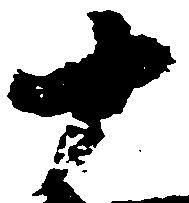
十